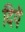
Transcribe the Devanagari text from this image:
दियॆ